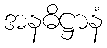
အနဓိဋ္ဌာနံ